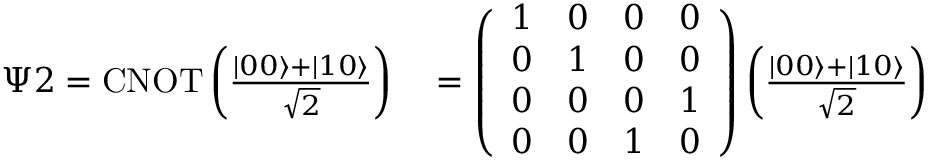
\begin{array} { r l } { \Psi 2 = \operatorname { C N O T } \left( \frac { | 0 0 \rangle + | 1 0 \rangle } { \sqrt { 2 } } \right) } & { { } = \left( \begin{array} { l l l l } { 1 } & { 0 } & { 0 } & { 0 } \\ { 0 } & { 1 } & { 0 } & { 0 } \\ { 0 } & { 0 } & { 0 } & { 1 } \\ { 0 } & { 0 } & { 1 } & { 0 } \end{array} \right) \left( \frac { | 0 0 \rangle + | 1 0 \rangle } { \sqrt { 2 } } \right) } \end{array}